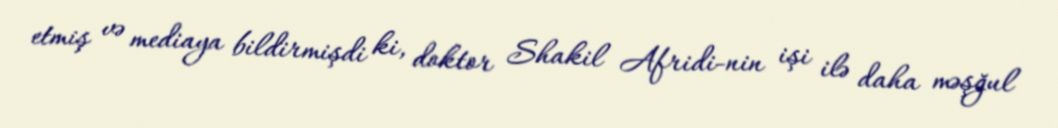
etmiş və mediaya bildirmişdi ki, doktor Shakil Afridi-nin işi ilə daha məşğul